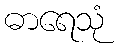
ဓာရေသုံ